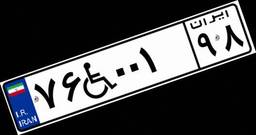
۷۶W۰۰۱۹۸